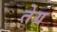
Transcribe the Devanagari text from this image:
तेग्र